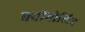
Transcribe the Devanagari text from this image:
क्वीनोलिन